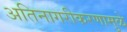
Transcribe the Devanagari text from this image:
अतिनागरीकरणामुळे